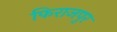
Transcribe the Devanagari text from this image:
फिराजपुर